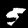
Digit: 5